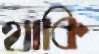
থাকি